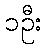
၁ဦး